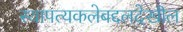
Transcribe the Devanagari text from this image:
स्थापत्यकलेबद्दलदेखील